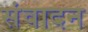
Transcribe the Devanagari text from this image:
संवादन